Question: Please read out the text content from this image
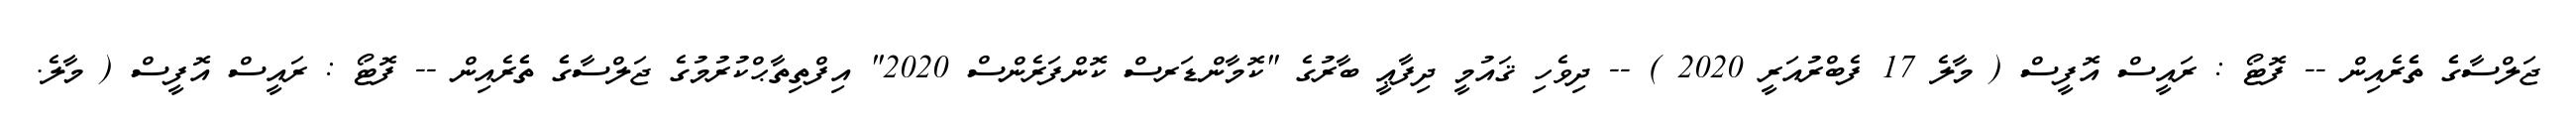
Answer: ޖަލްސާގެެ ތެެރެއިން -- ފޮޓޯ : ރައީސް އޮފީސް ( މާލެ 17 ފެބްރުއަރީ 2020 ) -- ދިވެހި ޤައުމީ ދިފާޢީ ބާރުގެ "ކޮމާންޑަރސް ކޮންފަރެންސް 2020" އިފްތިތާޙްކުރުމުގެ ޖަލްސާގެެ ތެެރެއިން -- ފޮޓޯ : ރައީސް އޮފީސް ( މާލެ.